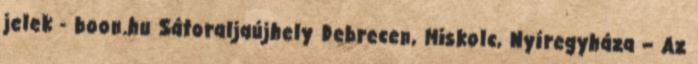
jelek - boon.hu Sátoraljaújhely Debrecen, Miskolc, Nyíregyháza – Az